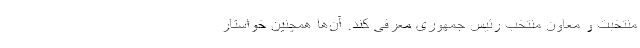
منتخبت و معاون منتخب رئیس جمهوری معرفی کند. آن‌ها همچنین خواستار